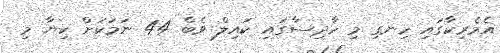
އެމެރިކާގައި ހިނގި މި ހާދިސާގައި ކައިލް ވެބް 44 ނަމަކަށް ކިޔާ މި